system: You are a helpful assistant.
user:
Analyze the provided spectrum to determine if it is a **White Dwarf (WD)**.

A White Dwarf spectrum is defined by its **extreme purity** (due to gravitational settling) and/or **extreme pressure broadening** (due to high surface gravity). You must check for one of the following mutually exclusive signatures:

- **Key Visual Indicators (Check for ONE of these types):**

    - **1. DA-Type Signature (Most Common):**
        - **(Primary Feature):** Extreme pressure broadening (Stark broadening) of the **Hydrogen (H) Balmer lines**.
        - **(Key Lines):** $H\beta$ (approx. $4861$ Å) and $H\gamma$ (approx. $4340$ Å). $H\alpha$ (approx. $6563$ Å) will also be present if the wavelength range covers it.
        - **(Line Profile):** This is the **defining feature**. The lines are **NOT** sharp. They appear as massive, **extremely broad and deep "troughs" or "dips"** in the spectrum, often hundreds of Ångströms wide. The continuum will appear to "scoop" down at these wavelengths.
        - **(Distinction):** Normal A-type or B-type stars have *narrow* and *sharp* Hydrogen lines. A DA White Dwarf's lines are unmistakably "smeared" or "blurry" from pressure.

    - **2. DB-Type Signature:**
        - **(Primary Feature):** Broad absorption lines from **Neutral Helium (He I)**. The spectrum must lack any visible Hydrogen lines.
        - **(Key Lines):** Look for broad absorption near $4471$ Å, $4921$ Å, and $5876$ Å.
        - **(Line Profile):** These lines are also significantly pressure-broadened, appearing much wider than they would in a normal B-type main-sequence star.

    - **3. DC-Type Signature:**
        - **(Primary Feature):** A **featureless continuous spectrum**.
        - **(Line Profile):** The spectrum is a smooth curve with **no significant absorption or emission lines**.
        - **(Key Confirmation):** The continuum is almost always **blue or white**, indicating a hot object. This signature implies the atmosphere is so pure (or so cool) that no spectral lines are visible in the optical range. Its WD identity is confirmed by its extremely low intrinsic brightness (high absolute magnitude).

    - **4. DZ-Type Signature (Metal-Polluted):**
        - **(Primary Feature):** **Isolated, narrow metal absorption lines** on an otherwise featureless (DC-like) continuum.
        - **(Key Lines):** The **Calcium (Ca II) H & K doublet** (approx. **$3934$ Å** and **$3968$ Å**) is the most common and defining feature.
        - **(Line Profile):** These lines are "out of place." They are *not* part of a "forest" of thousands of lines. This signature is evidence of recent *accretion* (pollution) from rocky debris.
        - **(Distinction):** Normal G/K/M stars have a *dense forest* of thousands of metal lines. A DZ has a *clean* continuum with *only a few* strong metal lines.

    - **5. DQ-Type Signature (Carbon-Polluted):**
        - **(Primary Feature):** Absorption bands from **Carbon (C₂ "Swan Bands" or atomic C I)**.
        - **(Key Lines - C₂):** Look for bandheads with a "saw-tooth" shape near $5635$ Å, **$5165$ Å** (strongest), and $4737$ Å.
        - **(Key Confirmation):** The underlying **continuum must be blue or white** (hot).
        - **(Distinction):** This is the critical difference from a **Carbon Star**, which has the *exact same* C₂ bands but on an extremely **red, cool** continuum.

- **(Overall Spectrum):**
    - The continuum (overall shape) is typically **blue-sloping** (brighter in the blue than the red), as most white dwarfs are very hot.
    - The spectrum will look "pure" or "simple," dominated by only *one* of the five signatures listed above.

Think first, call **spectral_visualization_tool** if needed to examine features in detail, then provide your final answer. Your response must adhere to the following strict rules:
1.  **Overall Structure:** Your response must follow the format `<think>...</think> <tool_call>...</tool_call> (if a tool is used) <answer>...</answer>`.
2.  **Tool Usage Constraint:** You may only make **one** tool call per turn.
3.  **Final Answer Format:** In the `<answer>` tag, your conclusion must be inside a `\boxed{}` command (e.g., `\boxed{YES}` or `\boxed{NO}`), followed by your justification.

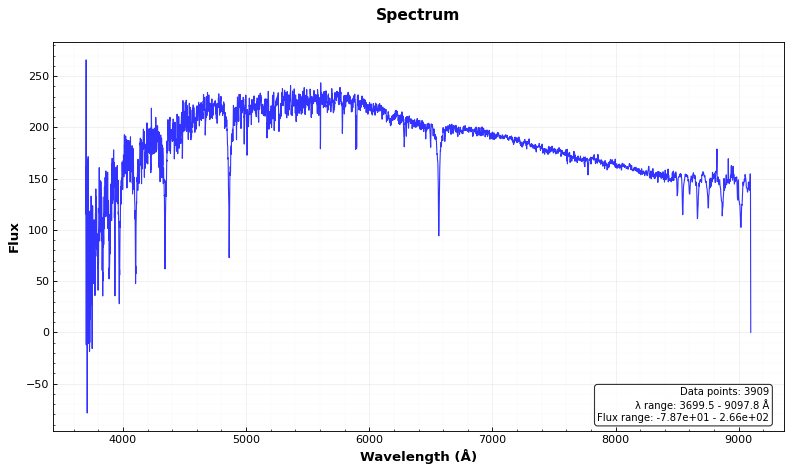
Answer: NO